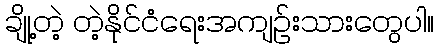
ချို့တဲ့ တဲ့နိုင်ငံရေးအကျဉ်းသားတွေပါ။